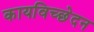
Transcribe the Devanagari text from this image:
कायविच्छेदन